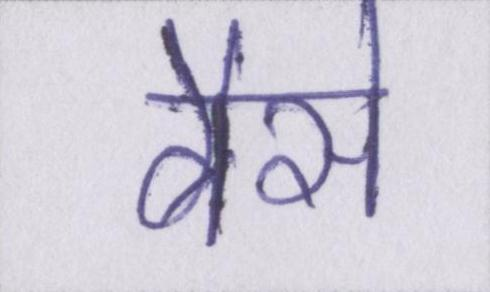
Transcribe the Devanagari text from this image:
वैसे